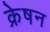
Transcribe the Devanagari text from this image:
क्रेषन